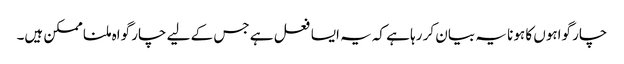
چار گواہوں کا ہونا یہ بیان کر رہا ہے کہ یہ ایسا فعل ہے جس کے لیے چار گواہ ملنا ممکن ہیں۔